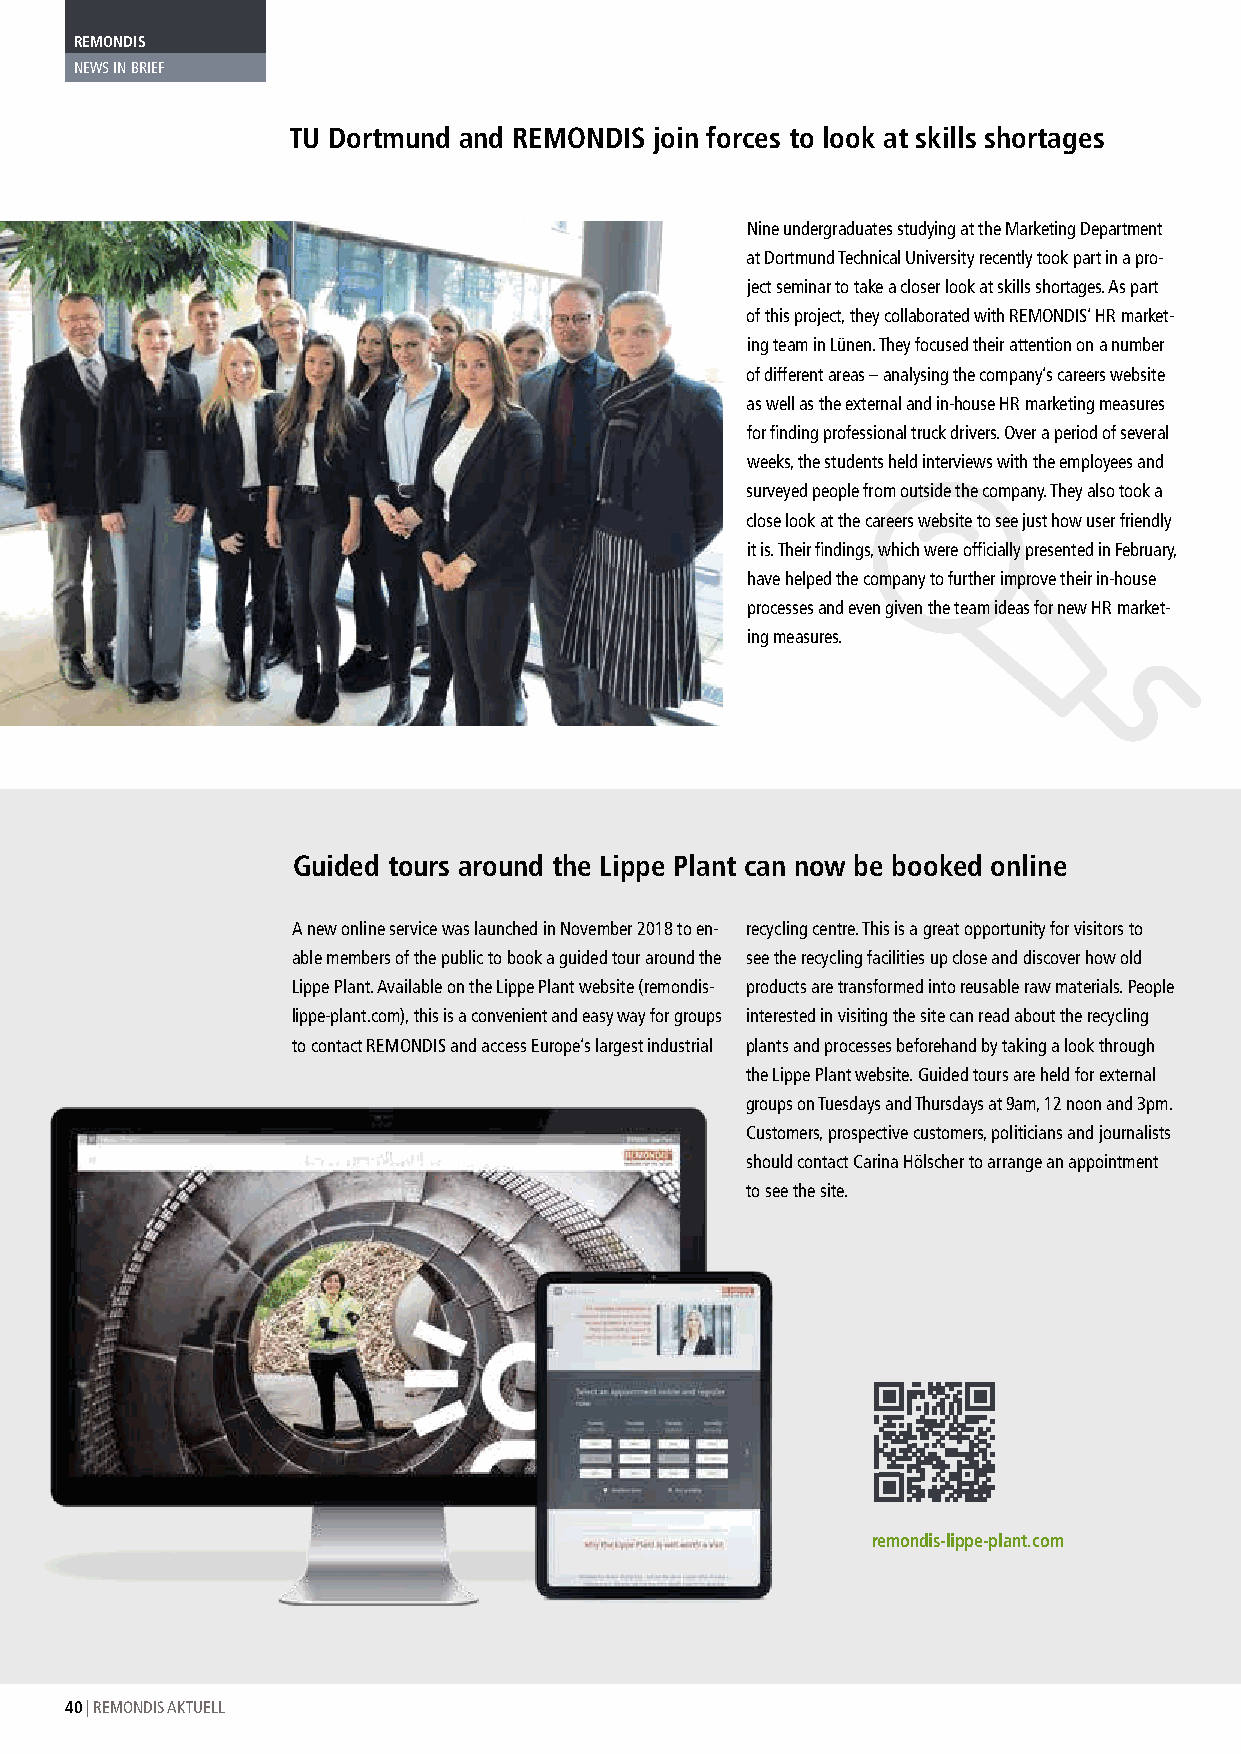
REMONDIS
 NEWS IN BRIEF
 TU Dortmund and REMONDIS join forces to look at skills shortages
 Nine undergraduates studying at the Marketing Department
 at Dortmund Technical University recently took part in a pro-
 ject seminar to take a closer look at skills shortages. As part
 of this project, they collaborated with REMONDIS’ HR market-
 ing team in Lünen. They focused their attention on a number
 of different areas – analysing the company’s careers website
 as well as the external and in-house HR marketing measures
 for finding professional truck drivers. Over a period of several
 weeks, the students held interviews with the employees and
 surveyed people from outside the company. They also took a
 close look at the careers website to see just how user friendly
 it is. Their findings, which were officially presented in February,
 have helped the company to further improve their in-house
 processes and even given the team ideas for new HR market-
 ing measures.
 Guided tours around the Lippe Plant can now be booked online
 A new online service was launched in November 2018 to en- recycling centre. This is a great opportunity for visitors to
 able members of the public to book a guided tour around the see the recycling facilities up close and discover how old
 Lippe Plant. Available on the Lippe Plant website (remondis- products are transformed into reusable raw materials. People
 lippe-plant.com), this is a convenient and easy way for groups interested in visiting the site can read about the recycling
 to contact REMONDIS and access Europe’s largest industrial plants and processes beforehand by taking a look through
 the Lippe Plant website. Guided tours are held for external
 groups on Tuesdays and Thursdays at 9am, 12 noon and 3pm.
 Customers, prospective customers, politicians and journalists
 should contact Carina Hölscher to arrange an appointment
 to see the site.
 remondis-lippe-plant.com
 40 | REMONDIS AKTUELL